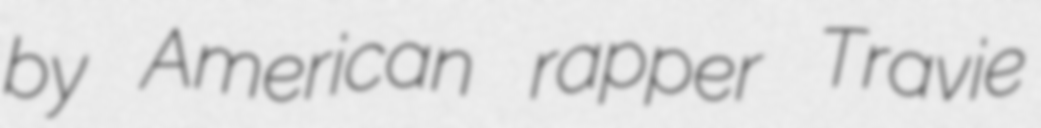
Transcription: by American rapper Travie